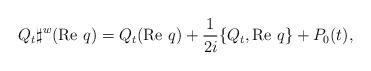
LaTeX: \begin{align*}Q_t \sharp^w (\textrm{Re }q)=Q_t(\textrm{Re }q)+\frac{1}{2i}\{Q_t,\textrm{Re }q\}+P_0(t),\end{align*}